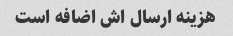
هزینه ارسال اش اضافه است